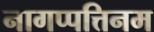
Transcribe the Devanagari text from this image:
नागप्पत्तिनम